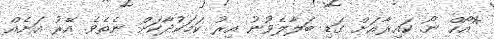
*އޯހް ނޯ. ކައިރާއަށް ގަޑި ބަލާލެވުނު އިރު ކަމަކުދާކަށް ނެތެވެ. އޭރު އަށެއް